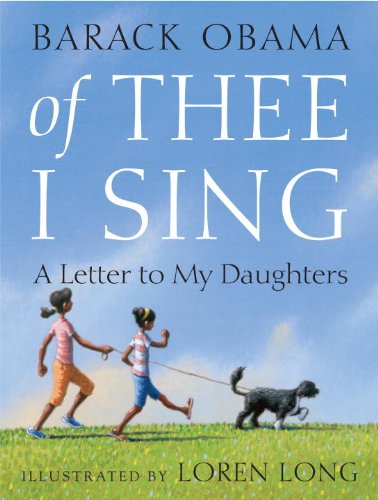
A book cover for Of Thee I Sing: A Letter to My Daughters; Barack Obama; Children's Books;